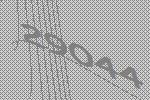
29044